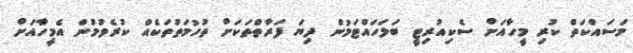
މަސައްކަތް ކުރި މީހާއަށް ސެކިއުރިޓީ ބަލަހައްޓަމުން ދިޔަ ފަރާތްތަކަށް ތުހުމަތުތަކެއް ކުރެވުމުން އެމީހާއަށް